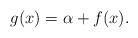
LaTeX: \begin{align*}g(x)= \alpha+f(x).\end{align*}